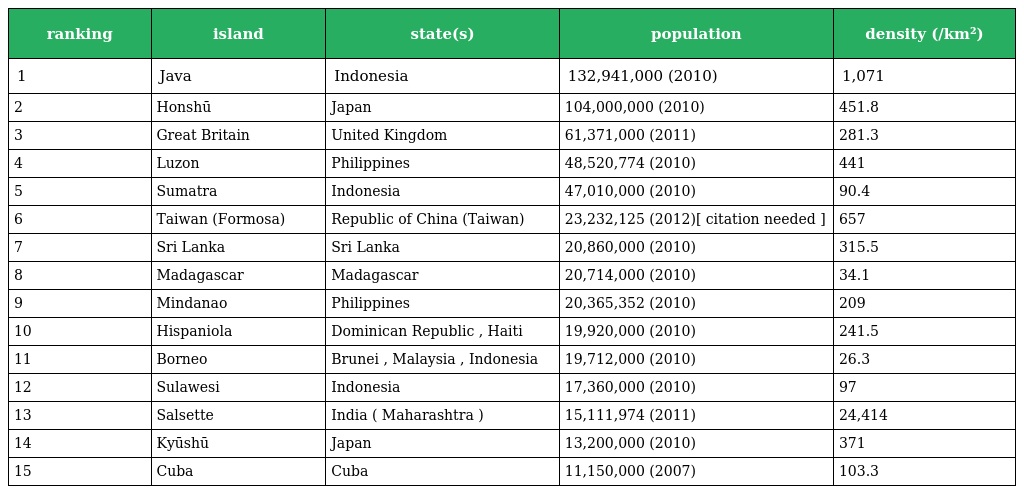
| ranking | island | state(s) | population | density (/km²) |
 | --- | --- | --- | --- | --- |
 | 1 | Java | Indonesia | 132,941,000 (2010) | 1,071 |
 | 2 | Honshū | Japan | 104,000,000 (2010) | 451.8 |
 | 3 | Great Britain | United Kingdom | 61,371,000 (2011) | 281.3 |
 | 4 | Luzon | Philippines | 48,520,774 (2010) | 441 |
 | 5 | Sumatra | Indonesia | 47,010,000 (2010) | 90.4 |
 | 6 | Taiwan (Formosa) | Republic of China (Taiwan) | 23,232,125 (2012)[ citation needed ] | 657 |
 | 7 | Sri Lanka | Sri Lanka | 20,860,000 (2010) | 315.5 |
 | 8 | Madagascar | Madagascar | 20,714,000 (2010) | 34.1 |
 | 9 | Mindanao | Philippines | 20,365,352 (2010) | 209 |
 | 10 | Hispaniola | Dominican Republic , Haiti | 19,920,000 (2010) | 241.5 |
 | 11 | Borneo | Brunei , Malaysia , Indonesia | 19,712,000 (2010) | 26.3 |
 | 12 | Sulawesi | Indonesia | 17,360,000 (2010) | 97 |
 | 13 | Salsette | India ( Maharashtra ) | 15,111,974 (2011) | 24,414 |
 | 14 | Kyūshū | Japan | 13,200,000 (2010) | 371 |
 | 15 | Cuba | Cuba | 11,150,000 (2007) | 103.3 |